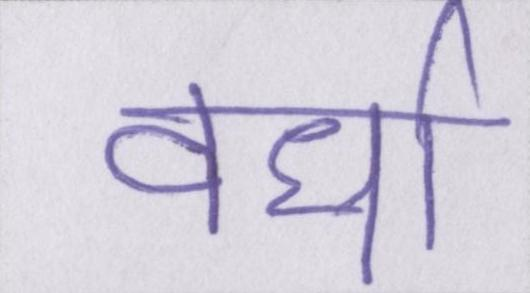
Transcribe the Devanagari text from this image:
वर्धा